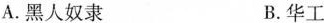
A. 黑人奴隶 B. 华工